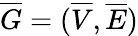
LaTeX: \overline{{G}}=(\overline{{V}},\overline{{E}})